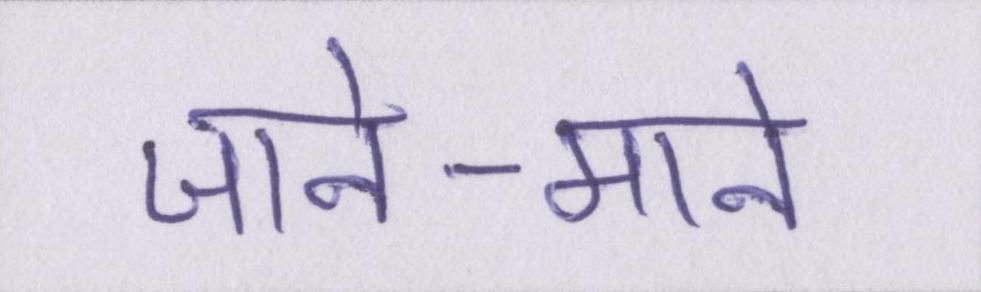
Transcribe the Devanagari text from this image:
जाने-माने